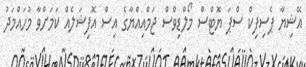
އޭޝިޔާ ޕެސިފިކް ސްޕަ ޔޮޓްސް މޯލްޑިވްސް ޖަމްއިއްޔާގެ އިސް އޮފިޝަލެއް ކަމަށްވާ މުހައްމަދު